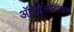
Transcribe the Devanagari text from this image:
ऑस्ट्रैलोपिकस